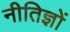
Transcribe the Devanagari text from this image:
नीतिज्ञों